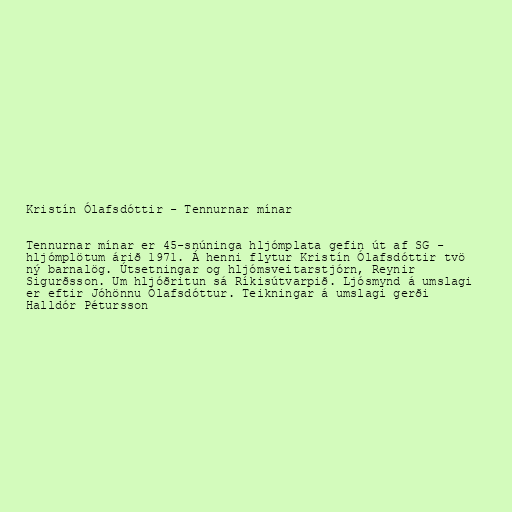
Kristín Ólafsdóttir - Tennurnar mínar

Tennurnar mínar er 45-snúninga hljómplata gefin út af SG -
hljómplötum árið 1971. Á henni flytur Kristín Ólafsdóttir tvö
ný barnalög. Útsetningar og hljómsveitarstjórn, Reynir
Sigurðsson. Um hljóðritun sá Ríkisútvarpið. Ljósmynd á umslagi
er eftir Jóhönnu Ólafsdóttur. Teikningar á umslagi gerði
Halldór Pétursson